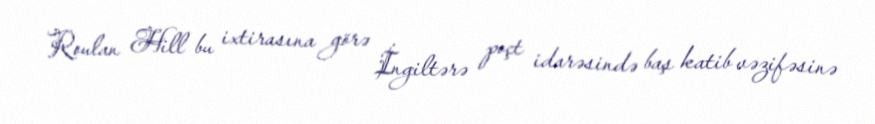
Roulan Hill bu ixtirasına görə İngiltərə poçt idarəsində baş katib vəzifəsinə